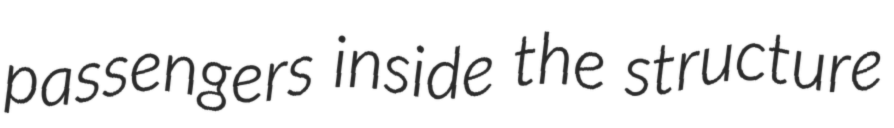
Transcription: passengers inside the structure